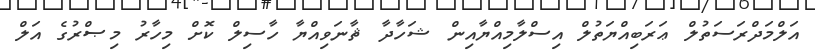
އަލްމަދްރަސަތުލް ޢަރަބިއްޔަތުލް އިސްލާމިއްޔާއިން ޝަހާދާ ޘާނަވިއްޔާ ހާސިލް ކޮށް މިހާރު މިޞްރުގެ އަލް